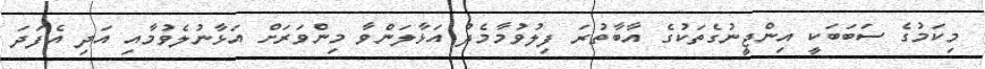
މިކަމުގެ ސަބަބަކީ އިންޖީނުގެތަކުގެ އާބާތުރަ ފިލުވުމާމެދު އަޅާލަންވާ މިންވަރަށް އަޅާނުލެވުމާއި އަދި އެފަދަ